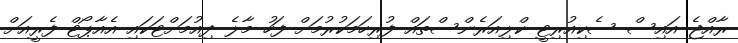
ރާއްޖެ އައިސް ސެކިއުރިޓީ ކްލިއަރެންސްތައް ފުރިހަމަކުރުމަށް ފަހު މާލެ ދިއުމަށްޓަކައި އެއާޕޯޓް ފެރީއަށް